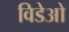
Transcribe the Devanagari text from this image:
विडेओ